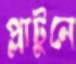
প্লাটুনে